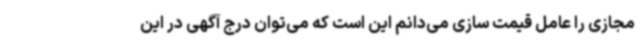
مجازی را عامل قیمت سازی می‌دانم این است که می‌توان درج آگهی در این